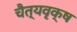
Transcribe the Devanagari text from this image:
चैत्यवृक्ष